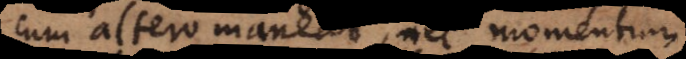
cum altero maneat, nec momentum